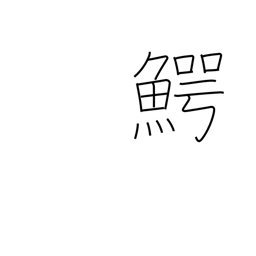
Meaning: alligator